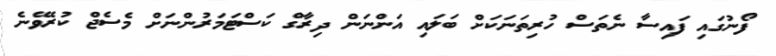
ފޯނުގައި ފައިސާ ނެތަސް ހުރިތަނަކަށް ބަލައި އަންނަން ދިރާގް ކަސްޓަމަރުންނަށް މެސެޖް ކުރެވޭނެ